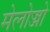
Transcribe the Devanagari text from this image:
मेलोज्जो